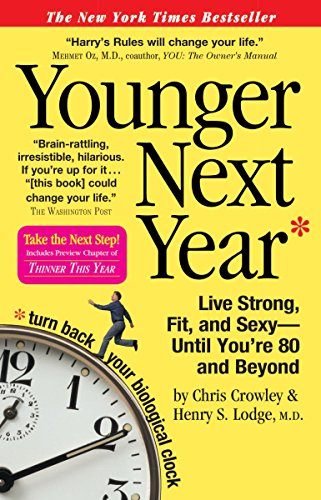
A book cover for Younger Next Year: Live Strong, Fit, and Sexy - Until You're 80 and Beyond; Chris Crowley; Humor & Entertainment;